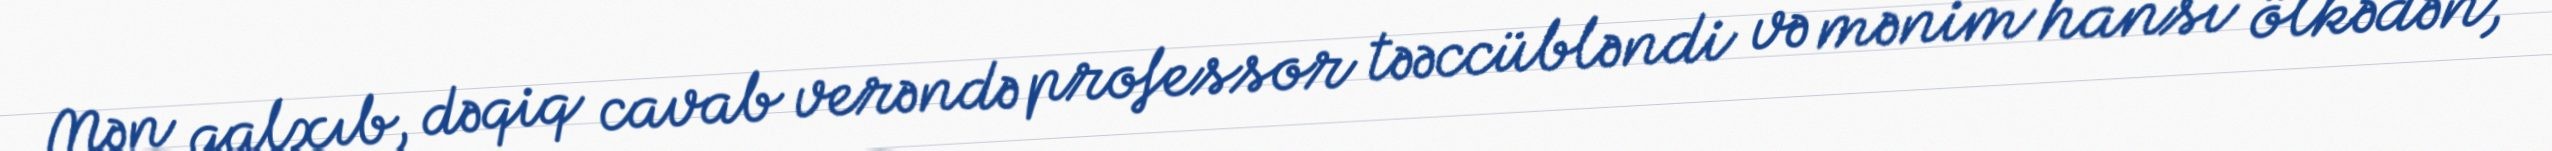
Mən qalxıb, dəqiq cavab verəndə professor təəccübləndi və mənim hansı ölkədən,